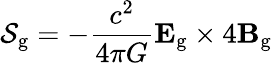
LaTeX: {\mathcal{S}}_{\mathrm{g}}=-{\frac{c^{2}}{4\pi G}}\mathbf{E}_{\mathrm{g}}\times 4\mathbf{B}_{\mathrm{g}}